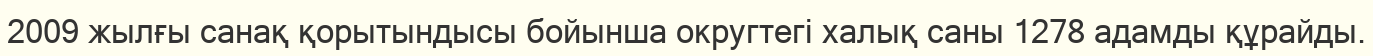
2009 жылғы санақ қорытындысы бойынша округтегі халық саны 1278 адамды құрайды.